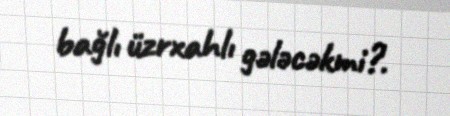
bağlı üzrxahlı gələcəkmi?.